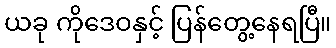
ယခု ကိုဒေဝနှင့် ပြန်တွေ့နေရပြီ။